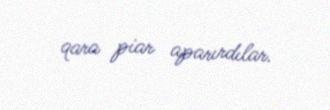
qara piar aparırdılar.